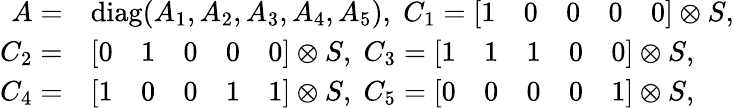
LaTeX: \begin{array}{rl}{A=}&{\mathrm{diag}(A_{1},A_{2},A_{3},A_{4},A_{5}),\; C_{1}=\left[\begin{array}{lllll}{1}&{0}&{0}&{0}&{0}\end{array}\right]\otimes S,}\\ {C_{2}=}&{\left[\begin{array}{lllll}{0}&{1}&{0}&{0}&{0}\end{array}\right]\otimes S,\; C_{3}=\left[\begin{array}{lllll}{1}&{1}&{1}&{0}&{0}\end{array}\right]\otimes S,}\\ {C_{4}=}&{\left[\begin{array}{lllll}{1}&{0}&{0}&{1}&{1}\end{array}\right]\otimes S,\; C_{5}=\left[\begin{array}{lllll}{0}&{0}&{0}&{0}&{1}\end{array}\right]\otimes S,}\end{array}